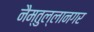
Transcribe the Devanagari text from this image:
नैम्तुल्लानगर